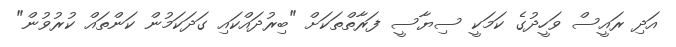
އަދި ރައީސް ވަހީދުގެ ކަމަކީ ސިޔާސީ ފަރާތްތަކަށް "ބިރުދައްކައި ގަދަކަމުން ކަންތައް ކުރުވުން"